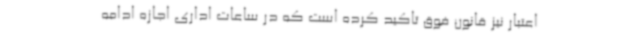
اعتبار نیز قانون فوق تاکید کرده است که در ساعات اداری اجازه ادامه